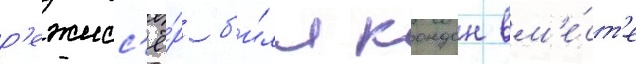
р'ежисс'ё́р б'и́лл кондон вм'е́ст'е